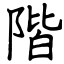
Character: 階